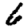
Digit: 6